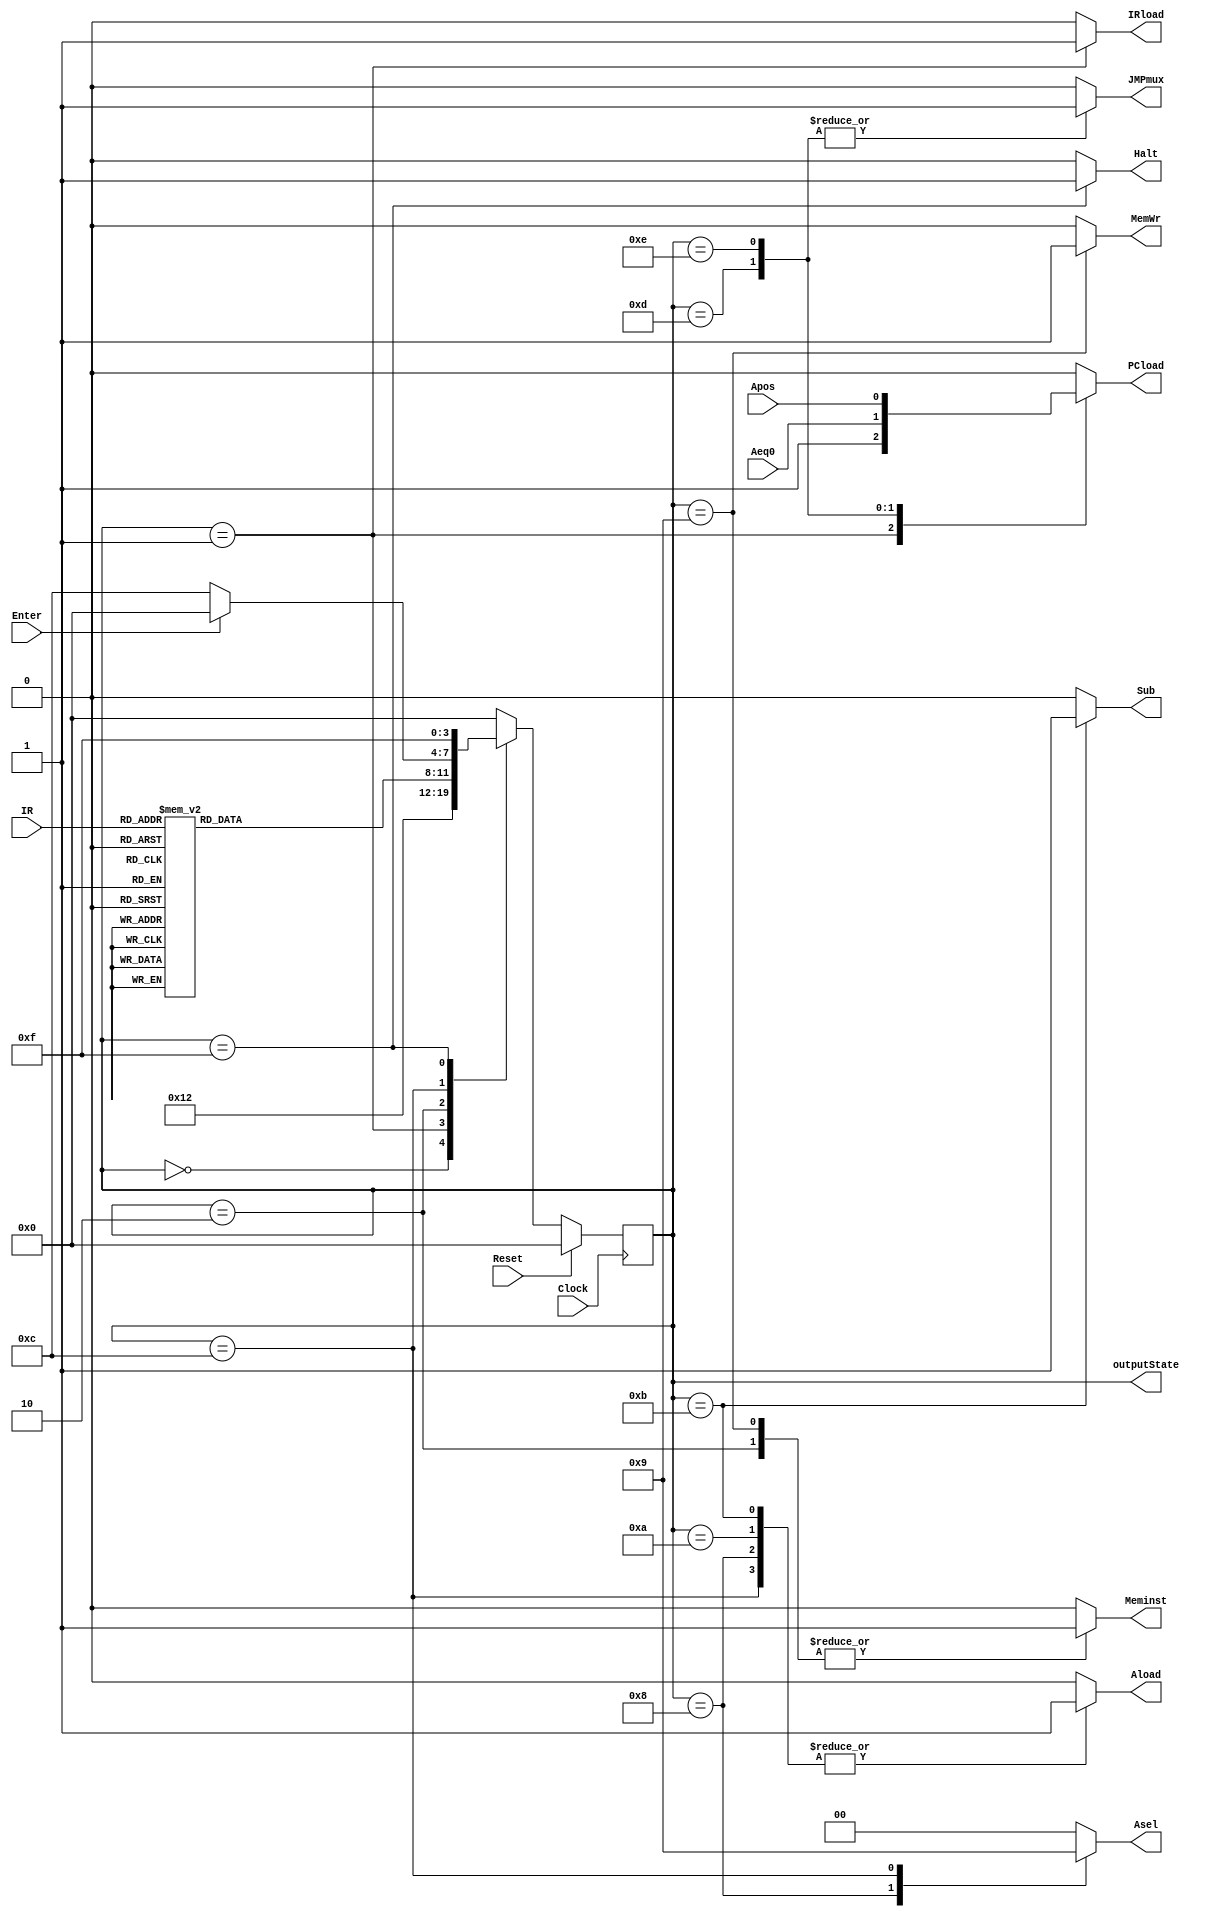
module ControlUnit(outputState, IRload, JMPmux, PCload, Meminst, MemWr, Aload, Sub, Halt, Asel, Enter, Clock, Reset, Aeq0, Apos, IR);

input Enter, Clock, Reset, Aeq0, Apos;
input [7:5] IR;
output reg IRload, JMPmux, PCload, Meminst, MemWr, Aload, Sub, Halt;
output [3:0]outputState;
output reg [1:0] Asel;
reg [3:0] state, next_state;

parameter S0 = 4'b0000, S1 = 4'b0001, S2 = 4'b0010, S3 = 4'b1000, S4 = 4'b1001, S5 = 4'b1010, S6 = 4'b1011, S7 = 4'b1100, S8 = 4'b1101, S9 = 4'b1110, S10 = 4'b1111;

assign outputState = state;

always @ (posedge Clock)
begin 
	if(Reset)
    state <= S0;  
	else 
		state <= next_state;
end

always @ (state or Enter or IR)
	case(state)
		S0:
			next_state = S1;
		S1:
			next_state = S2;
		S2:
			case(IR)
				3'b000: next_state = S3;
				3'b001: next_state = S4;
				3'b010: next_state = S5;
				3'b011: next_state = S6;
				3'b100: next_state = S7;
				3'b101: next_state = S8;
				3'b110: next_state = S9;
				3'b111: next_state = S10;
			default: 
				next_state = S2;
			endcase
		S3:
			next_state = S0;
		S4:
			next_state = S0;
		S5:
			next_state = S0;
		S6:
			next_state = S0;
		S7:
			if(Enter)
				next_state = S0;
			else
				next_state = S7;
		S8:
			next_state = S0;
		S9:
			next_state = S0;
		S10:
			next_state = S10;
	default:
		next_state = S0;
	endcase

always @ (state or Aeq0 or Apos)
	case(state)
	// start
		S0:
		begin
			IRload = 0;
			JMPmux = 0;
			PCload = 0;
			Meminst = 0;
			MemWr = 0;
			Asel = 2'b00;
			Aload = 0;
			Sub = 0;
			Halt = 0;
		end
	// fetch
		S1:
		begin
			IRload = 1;
			JMPmux = 0;
			PCload = 1;
			Meminst = 0;
			MemWr = 0;
			Asel = 2'b00;
			Aload = 0;
			Sub = 0;
			Halt = 0;
		end
	// decode
		S2:
		begin
			IRload = 0;
			JMPmux = 0;
			PCload = 0;
			Meminst = 1;
			MemWr = 0;
			Asel = 2'b00;
			Aload = 0;
			Sub = 0;
			Halt = 0;
		end
	// load
		S3:
		begin
			IRload = 0;
			JMPmux = 0;
			PCload = 0;
			Meminst = 0;
			MemWr = 0;
			Asel = 2'b10;
			Aload = 1;
			Sub = 0;
			Halt = 0;
		end
	// store
		S4:
		begin
			IRload = 0;
			JMPmux = 0;
			PCload = 0;
			Meminst = 1;
			MemWr = 1;
			Asel = 2'b00;
			Aload = 0;
			Sub = 0;
			Halt = 0;
		end
	// add
		S5:
		begin
			IRload = 0;
			JMPmux = 0;
			PCload = 0;
			Meminst = 0;
			MemWr = 0;
			Asel = 2'b00;
			Aload = 1;
			Sub = 0;
			Halt = 0;
		end
	// sub
		S6:
		begin
			IRload = 0;
			JMPmux = 0;
			PCload = 0;
			Meminst = 0;
			MemWr = 0;
			Asel = 2'b00;
			Aload = 1;
			Sub = 1;
			Halt = 0;
		end
	// input
		S7:
		begin
			IRload = 0;
			JMPmux = 0;
			PCload = 0;
			Meminst = 0;
			MemWr = 0;
			Asel = 2'b01;
			Aload = 1;
			Sub = 0;
			Halt = 0;
		end
	// jz
		S8:
		begin
			IRload = 0;
			JMPmux = 1;
			PCload = Aeq0;
			Meminst = 0;
			MemWr = 0;
			Asel = 2'b00;
			Aload = 0;
			Sub = 0;
			Halt = 0;
		end
	// jpos
		S9:
		begin
			IRload = 0;
			JMPmux = 1;
			PCload = Apos;
			Meminst = 0;
			MemWr = 0;
			Asel = 2'b00;
			Aload = 0;
			Sub = 0;
			Halt = 0;
		end
	// halt
		S10:
		begin
			IRload = 0;
			JMPmux = 0;
			PCload = 0;
			Meminst = 0;
			MemWr = 0;
			Asel = 2'b00;
			Aload = 0;
			Sub = 0;
			Halt = 1;
		end
		
	default:
		begin
		  IRload = 0;
		  JMPmux = 0;
		  PCload = 0;
		  Meminst = 0;
		  MemWr = 0;
		  Asel = 2'b00;
		  Aload = 0;
		  Sub = 0;
		  Halt = 0;
		end
	endcase

endmodule